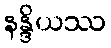
နန္ဒိယဿ